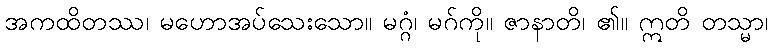
အကထိတဿ၊ မဟောအပ်သေးသော။ မဂ္ဂံ၊ မဂ်ကို။ ဇာနာတိ၊ ၏။ ဣတိ တသ္မာ၊